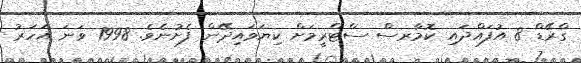
ގްރޭޑް 8 އުފައްދައި ކޮމާރސް ސްޓްރީމަށް ކިޔަވައިދޭން ފެށުނެވެ. 1998 ވަނަ އަހަރު